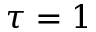
\tau = 1